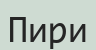
Пири